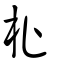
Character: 杫